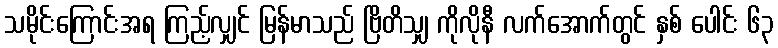
သမိုင်းကြောင်းအရ ကြည့်လျှင် မြန်မာသည် ဗြိတိသျှ ကိုလိုနီ လက်အောက်တွင် နှစ် ပေါင်း ၆၃